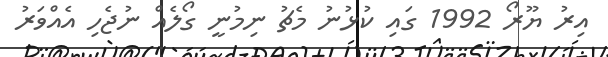
އިރު ޔޫރޯ 1992 ގައި ކުޅުނު މެޗު ނިމުނީ ގޯލެއް ނުޖެހި އެއްވަރު